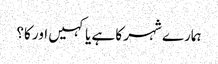
ہمارے شہر کا ہے یا کہیں اور کا؟